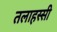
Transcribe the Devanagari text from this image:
तलाहस्सी